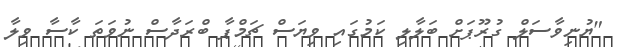
"ޔުނިވާސަލް ގުރޫޕަށް ބަލާލި ކަމުގައި ވިޔަސް ޗަމްޕާ ބްރަދާސް ނުވަތަ ކާސާ ވިލާ